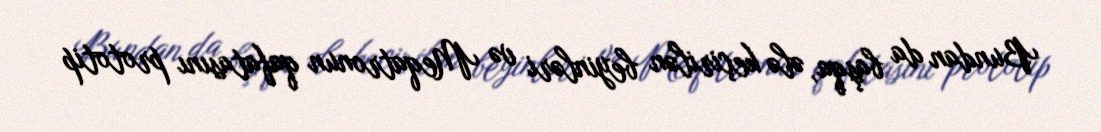
Bundan da başqa, ələ keçirilən beyinləri və Meqatronun qafatasını prototip